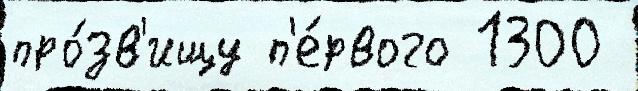
про́зв'ищу п'е́рвого 1300